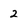
Character: 2